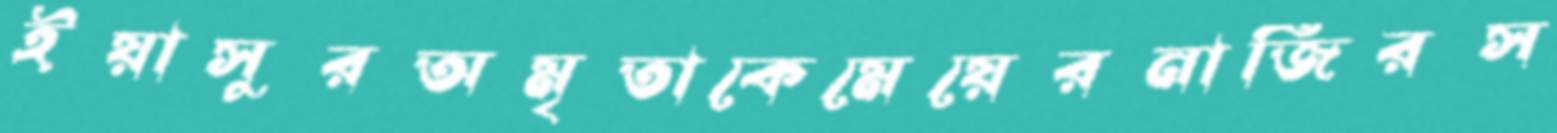
ইয়াসুরঅমৃতাকেমেয়েরনাজিরস